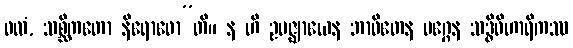
ဖလံ, သစ္ဆိကတော နိရောဓော”တိ။ န ဟိ ဥပဇ္ဈာယေန ဘာဝိတေန မဂ္ဂေန သဒ္ဓိဝိဟာရိကဿ